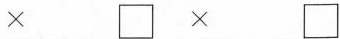
\times \Box \times \Box